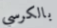
بالكرسي